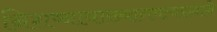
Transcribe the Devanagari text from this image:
निशष्नायाख्यागमत्यख्याने